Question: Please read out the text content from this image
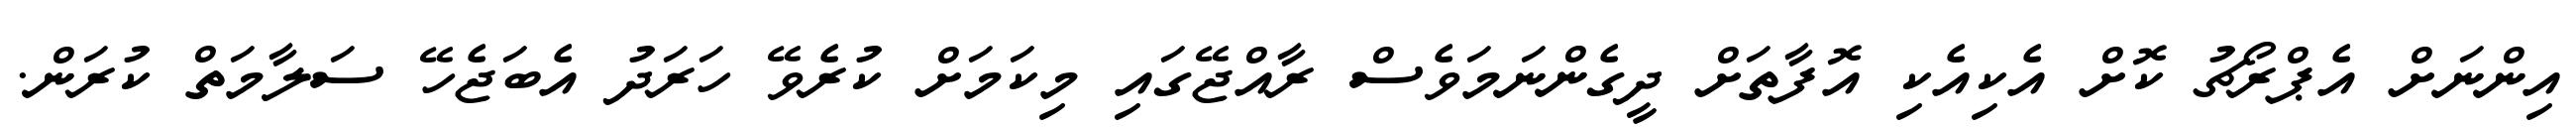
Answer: އިންނަށް އެޕްރޯޗު ކޮށް އެކިއެކި އޮފާތަށް ދީގެންނަމަވެސް ރާއްޖޭގައި މިކަމަށް ކުރެވޭ ހަރަދު އެބަޖެހޭ ސަލާމަތް ކުރަން.